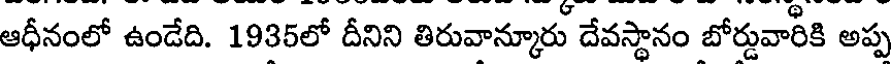
ఆధీనంలో ఉండేది. 1935లో దీనిని తిరువాన్కూరు దేవస్థానం బోర్డువారీకి అప్ప